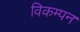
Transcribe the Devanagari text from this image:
विकम्पन